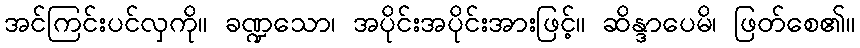
အင်ကြင်းပင်လှကို။ ခဏ္ဍသော၊ အပိုင်းအပိုင်းအားဖြင့်။ ဆိန္ဒာပေမိ၊ ဖြတ်စေ၏။